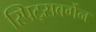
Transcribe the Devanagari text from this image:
स्पिट्सबर्गेन